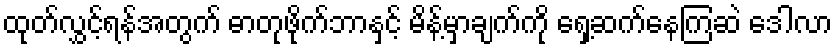
ထုတ်လွှင့်ရန်အတွက် ဓာတုဖိုက်ဘာနှင့် မိန့်မှာချက်ကို ရှေ့ဆက်နေကြဆဲ ဒေါလာ